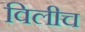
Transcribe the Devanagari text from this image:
विलीच